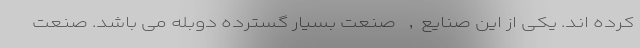
کرده اند. یکی از این صنایع, صنعت بسیار گسترده دوبله می باشد. صنعت